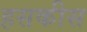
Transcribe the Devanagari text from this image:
हसकीस